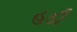
હઠી